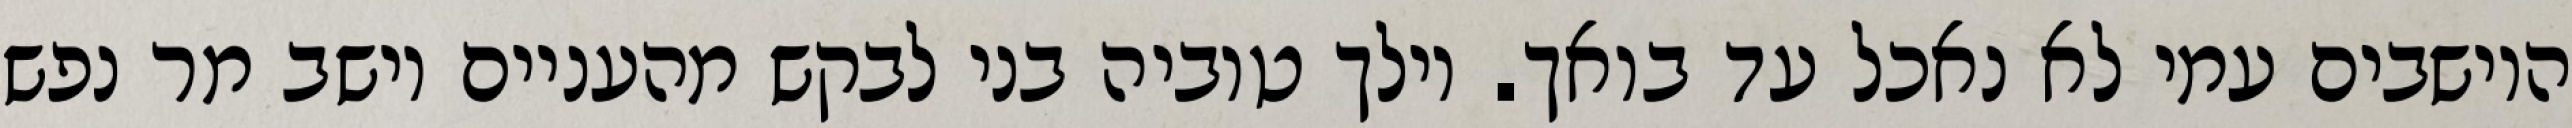
היושבים עמי לא נאכל עד בואך. וילך טוביה בני לבקש מהעניים וישב מר נפש